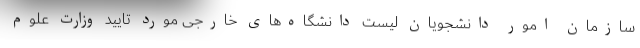
سازمان امور دانشجویان لیست دانشگاه‌های خارجی مورد تایید وزارت علوم